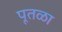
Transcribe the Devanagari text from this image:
पूतळा